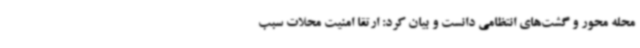
محله محور و گشت‌های انتظامی دانست و بیان کرد: ارتقا امنیت محلات سبب